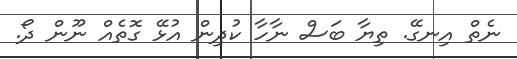
ނެތް އިނގޭ. ތިޔާ ބަސް ނާހާ ކުދިން އުޅޭ ގޮތެއް ނޫން ދޯ.